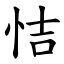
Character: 恄